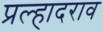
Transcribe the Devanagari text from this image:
प्रल्हादराव